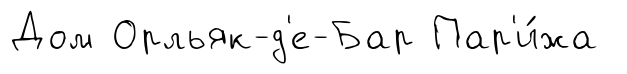
Дом Орльяк-д'е-Бар Пар'и́жа